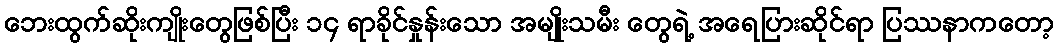
ဘေးထွက်ဆိုးကျိုးတွေဖြစ်ပြီး ၁၄ ရာခိုင်နှုန်းသော အမျိုးသမီး တွေရဲ့ အရေပြားဆိုင်ရာ ပြဿနာကတော့